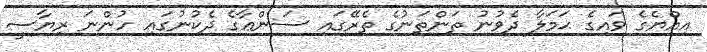
އިއްޔެގެ ވައިގެ ޙަމަލާ ދެވުނު ތަންތަނުގެ ތެރޭގައި ސަންޢާގެ ދެކުނުގައި ހުންނަ ރިޔާސީ